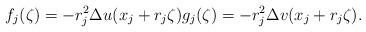
LaTeX: \begin{align*}f_j(\zeta)=-r^{2}_{j} \Delta u(x_j +r_j \zeta) g_j (\zeta)=-r^{2}_{j} \Delta v(x_j +r_j \zeta). \end{align*}